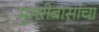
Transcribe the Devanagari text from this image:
मुरारीबासांचा